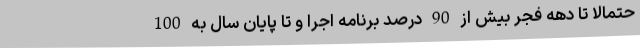
حتمالا تا دهه فجر بیش از 90 درصد برنامه اجرا و تا پایان سال به 100